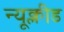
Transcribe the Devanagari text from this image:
न्यूक्लीड